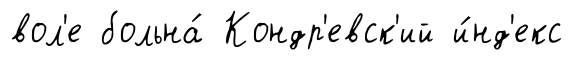
вол'е больна́ Кондр'евск'ий и́нд'екс